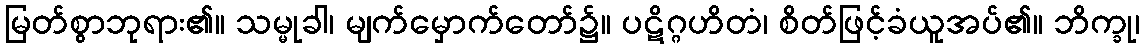
မြတ်စွာဘုရား၏။ သမ္မုခါ၊ မျက်မှောက်တော်၌။ ပဋိဂ္ဂဟိတံ၊ စိတ်ဖြင့်ခံယူအပ်၏။ ဘိက္ခု၊